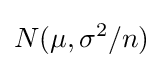
N(\mu ,\sigma ^{2}/n)